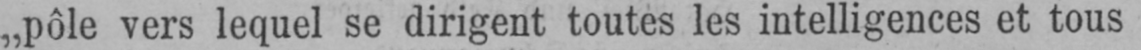
„pôle vers lequel se dirigent toutes les intelligences et tous